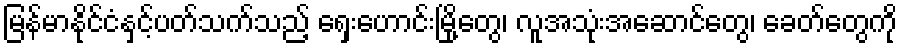
မြန်မာနိုင်ငံနှင့်ပတ်သက်သည့် ရှေးဟောင်းမြို့တွေ၊ လူအသုံးအဆောင်တွေ၊ ခေတ်တွေကို